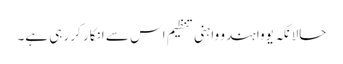
حالانکہ یووا ہندو واہنی تنظیم اس سے انکار کر رہی ہے۔